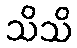
သိသိ